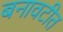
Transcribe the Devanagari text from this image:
बनावटीत